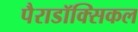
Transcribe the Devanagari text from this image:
पैराडॉक्सिकल